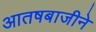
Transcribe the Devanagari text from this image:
आतषबाजीने